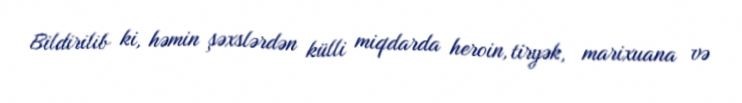
Bildirilib ki, həmin şəxslərdən külli miqdarda heroin, tiryək, marixuana və